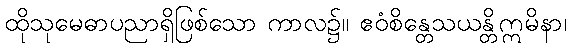
ထိုသုမေဓာပညာရှိဖြစ်သော ကာလ၌။ ဧဝံစိန္တေသယန္တိဣမိနာ၊